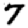
Digit: 7